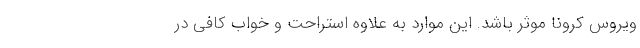
ویروس کرونا موثر باشد. این موارد به علاوه استراحت و خواب کافی در